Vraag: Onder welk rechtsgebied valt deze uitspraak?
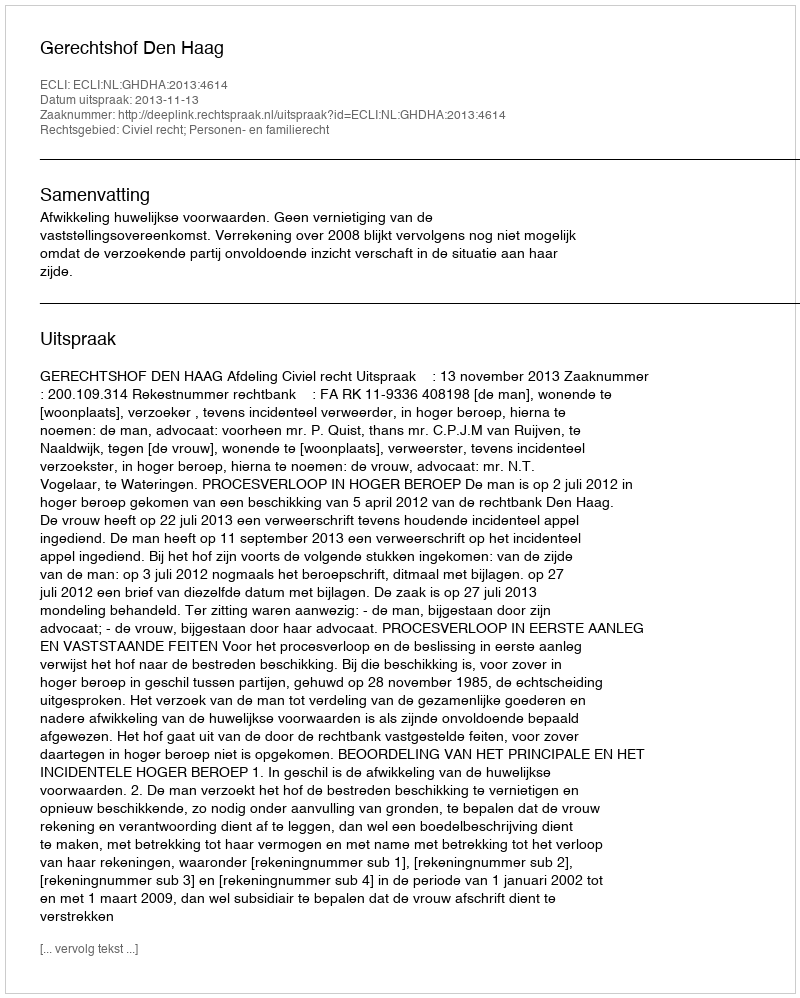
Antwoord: Civiel recht; Personen- en familierecht